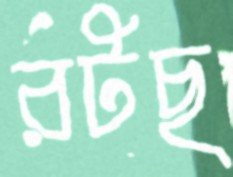
রটছ